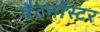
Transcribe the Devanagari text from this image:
पैटर्नोस्टर